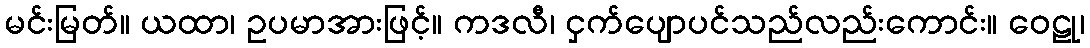
မင်းမြတ်။ ယထာ၊ ဥပမာအားဖြင့်။ ကဒလီ၊ ငှက်ပျောပင်သည်လည်းကောင်း။ ဝေဠု၊